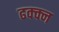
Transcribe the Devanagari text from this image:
ढक्क्न